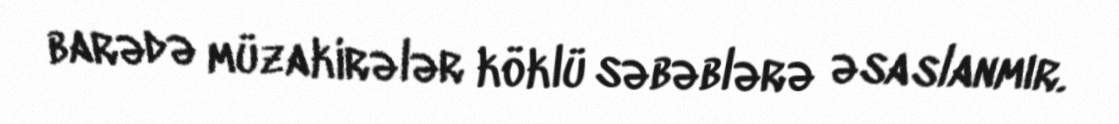
barədə müzakirələr köklü səbəblərə əsaslanmır.